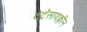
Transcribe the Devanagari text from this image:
टेट्रॅसायक्लीन